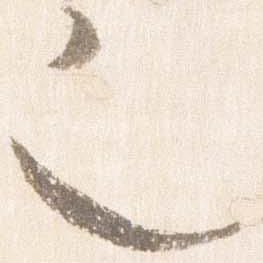
也